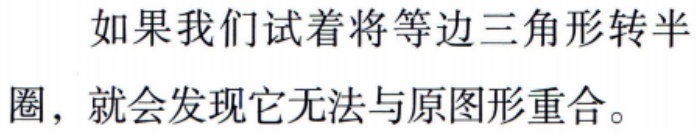
如果我们试着将等边三角形转半圈，就会发现它无法与原图形重合。